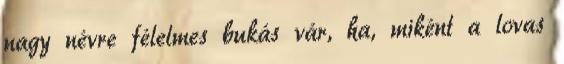
nagy névre félelmes bukás vár, ha, miként a lovas